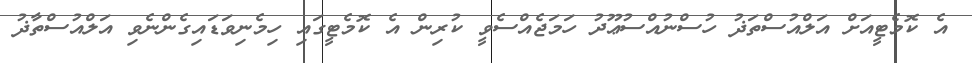
އެ ކޮމެޓީއަށް އަލްއުސްތަޛު ހުސްނުއްސުޢޫދު ހަމަޖެއްސެވީ ކުރިން އެ ކޮމެޓީގައި ހިމެނިވަޑައިގެންނެވި އަލްއުސްތާޛު